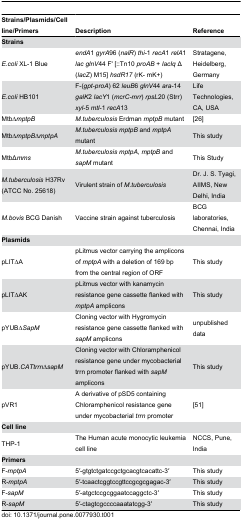
<table><thead><tr><td><b>Strains/Plasmids/Cell line/Primers</b></td><td><b>Description</b></td><td><b>Reference</b></td></tr></thead><tbody><tr><td><b>Strains</b></td><td></td><td></td></tr><tr><td><i>E.coli</i> XL-1 Blue</td><td><i>endA</i>1 <i>gyrA</i>96 (<i>nalR</i>) <i>thi</i>-1 <i>recA</i>1 <i>relA</i>1 <i>lac glnV</i>44 F&#x27; [::Tn10 <i>proAB</i> + <i>lacIq</i> Δ (<i>lacZ</i>) M15] <i>hsdR17</i> (rK- mK+)</td><td>Stratagene, Heidelberg, Germany</td></tr><tr><td><i>E.coli</i> HB101</td><td>F-(<i>gpt-proA</i>) 62 <i>leuB</i>6 <i>glnV</i>44 <i>ara</i>-14 <i>galK</i>2 <i>lacY</i>1 (<i>mcrC-mrr</i>) <i>rpsL</i>20 (Strr) <i>xyl</i>-5 <i>mtl</i>-1 <i>recA</i>13</td><td>Life Technologies, CA, USA</td></tr><tr><td>Mtb<i>∆mptpB</i></td><td><i>M.tuberculosis</i> Erdman <i>mptpB</i> mutant</td><td>[26]</td></tr><tr><td>Mtb∆<i>mptpB</i>∆<i>mptpA</i></td><td><i>M.tuberculosis mptpB</i> and <i>mptpA</i> mutant </td><td>This study</td></tr><tr><td>MtbΔ<i>mms</i></td><td><i>M.tuberculosis mptpA</i>, <i>mptpB</i> and <i>sapM</i> mutant </td><td>This Study</td></tr><tr><td><i>M.tuberculosis</i> H37Rv (ATCC No. 25618)</td><td>Virulent strain of <i>M.tuberculosis</i></td><td>Dr. J. S. Tyagi, AIIMS, New Delhi, India</td></tr><tr><td><i>M.bovis</i> BCG Danish</td><td>Vaccine strain against tuberculosis</td><td>BCG laboratories, Chennai, India</td></tr><tr><td><b>Plasmids</b></td><td></td><td></td></tr><tr><td>pLIT∆A</td><td>pLitmus vector carrying the amplicons of <i>mptpA</i> with a deletion of 169 bp from the central region of ORF</td><td>This study</td></tr><tr><td>pLIT∆AK</td><td>pLitmus vector with kanamycin resistance gene cassette flanked with <i>mptpA</i> amplicons</td><td>This study</td></tr><tr><td>pYUB∆<i>SapM</i></td><td>Cloning vector with Hygromycin resistance gene cassette flanked with <i>sapM</i> amplicons</td><td>unpublished data</td></tr><tr><td>pYUB.<i>CATtrrn</i>∆<i>sapM</i></td><td>Cloning vector with Chloramphenicol resistance gene under mycobacterial trrn promoter flanked with <i>sapM</i> amplicons</td><td>This study</td></tr><tr><td>pVR1</td><td>A derivative of pSD5 containing Chloramphenicol resistance gene under mycobacterial <i>trrn</i> promoter</td><td>[51]</td></tr><tr><td><b>Cell line</b></td><td></td><td></td></tr><tr><td>THP-1</td><td>The Human acute monocytic leukemia cell line</td><td>NCCS, Pune, India</td></tr><tr><td><b>Primers</b></td><td></td><td></td></tr><tr><td>F-<i>mptpA</i></td><td>5′-gtgtctgatccgctgcacgtcacattc-3′</td><td>This study</td></tr><tr><td>R-<i>mptpA</i></td><td>5′-tcaactcggtccgttccgcgcgagac-3′</td><td>This study</td></tr><tr><td>F-<i>sapM</i></td><td>5′-atgctccgcggaatccaggctc-3′</td><td>This study</td></tr><tr><td>R-<i>sapM</i></td><td>5′-ctagtcgccccaaatatcgg-3′</td><td>This study</td></tr></tbody></table>